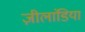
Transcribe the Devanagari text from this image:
ज़ीलांडिया